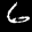
Label: 6